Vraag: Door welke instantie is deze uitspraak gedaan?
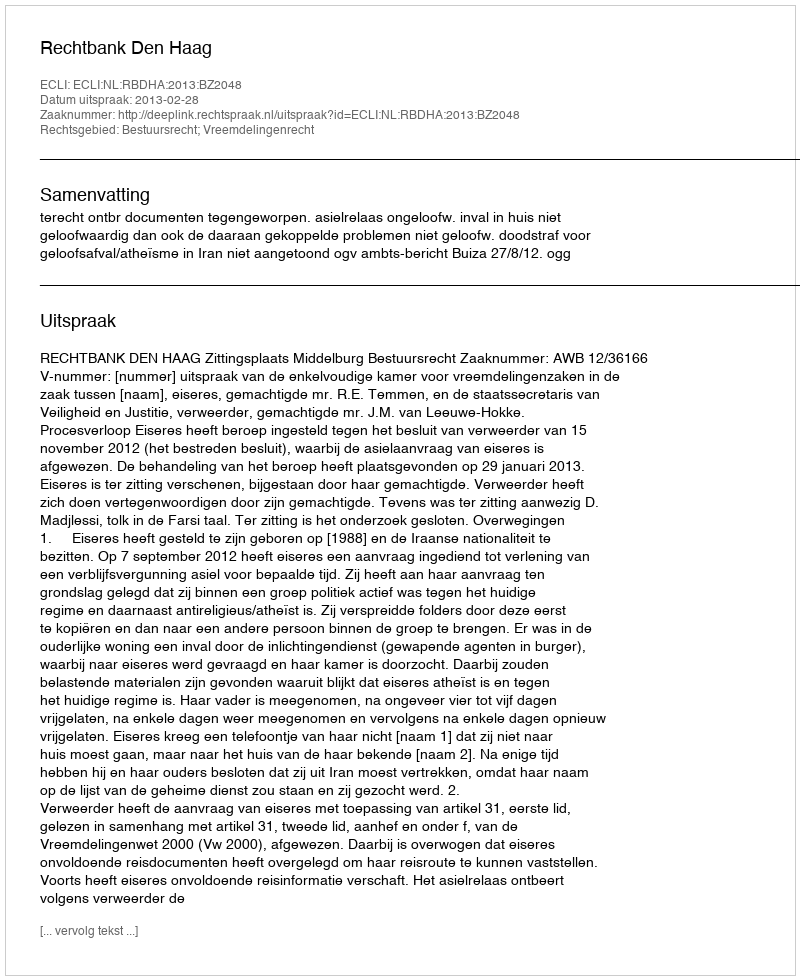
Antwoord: Rechtbank Den Haag